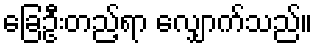
ခြေဦးတည့်ရာ လျှောက်သည်။